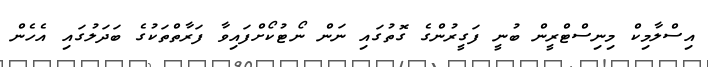
އިސްލާމިކް މިނިސްޓްރީން ބުނީ ފަގީރުންގެ ގޮތުގައި ނަން ނޯޓުކޯށްފައިވާ ފަރާތްތަކުގެ ބަދަލުގައި އެހެން